Medical and sanitary report of the native army of Madras for the year
Year: 1877
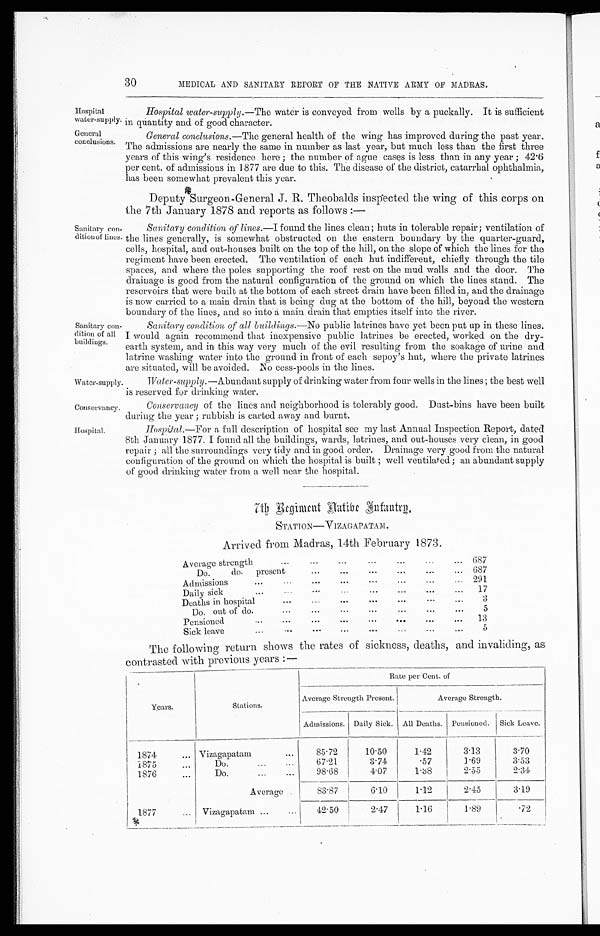
Water-supply.
Conservancy.
30
MEDICAL AND SANITARY REPORT OF THE NATIVE ARMY OF MADRAS.
Hospital
water-supply.
Hospital water-supply. —The water is conveyed from wells by a puckally. It is sufficient
in quantity and of good character.
General
conclusions.
General conclusions. —The general health of the wing has improved during the past year.
The admissions are nearly the same in number as last year, but much less than the first three
years of this wing's residence here; the number of ague cases is less than in any year; 42·6
per cent. of admissions in 1877 are due to this. The disease of the district, catarrhal ophthalmia,
has been somewhat prevalent this year.
Deputy Surgeon-General J. R. Theobalds inspected the wing of this corps on
the 7th January 1878 and reports as follows:—
Sanitary con
-dition of lines.
Sanitary con
-dition of all
buildings.
Sanitary condition of lines.—I found the lines clean; huts in tolerable repair; ventilation of
the lines generally, is somewhat obstructed on the eastern boundary by the quarter-guard,
cells, hospital, and out-houses built on the top of the hill, on the slope of which the lines for the
regiment have been erected. The ventilation of each hut indifferent, chiefly through the tile
spaces, and where the poles supporting the roof rest on the mud walls and the door. The
drainage is good from the natural configuration of the ground on which the lines stand. The
reservoirs that were built at the bottom of each street drain have been filled in, and the drainage
is now carried to a main drain that is being dug at the bottom of the hill, beyond the western
boundary of the lines, and so into a main drain that empties itself into the river.
Sanitary condition of all buildings. —No public latrines have yet been put up in these lines.
I would again recommend that inexpensive public latrines be erected, worked on the dry-
earth system, and in this way very much of the evil resulting from the soakage of urine and
latrine washing water into the ground in front of each sepoy's hut, where the private latrines
are situated. will be avoided. No cess-pools in the lines.
Water supply.
—Abundant supply of drinking water from four wells in the lines; the best well
is reserved for drinking water.
Conservancy of the lines and neighborhood is tolerably good. Dust-bins have been built
during the year; rubbish is carted away and burnt.
Hospital.
Hospital.
—For a full description of hospital see my last Annual Inspection Report, dated
8th January 1877. I found all the buildings, wards, latrines, and out-houses very clean, in good
repair; all the surroundings very tidy and in good order. Drainage very good from the natural
configuration of the ground on which the hospital is built; well ventilated; an abundant supply
of good drinking water from a well near the hospital.
7th Regiment Native Infantry.
STATION—VIZAGAPATAM.
Arrived from Madras, 14th February 1873.
Average strenght
687
D o . d o . p r e s e n t 687
Admissions
291
Daily sick
17
Deaths in hopital
3
Do. out of do.
5
Pensioned
13
Sick leave
5
The following return shows the rates of sickness, deaths, and invaliding, as
contrasted with previous years:—
Years.
Stations.
Rate per Cent. of
Average Strength Present.
Average Strength.
Admissions. Daily Sick. All Deaths. Pensioned. Sick Leave.
1874
V i z a g a p a t a m
85·72
10·50
1·42
3·13
3·70
1 8 7 5
Do.
67·21
3·74
·57
1·69
3·53
1876
Do.
98·68
4·07
1·38
2·55
2·34
A v e r a g e
83·87
6·10
1·12
2·45
3·19
1877
Vizagapatam
42·50
2·47
1·16
1·89
·72